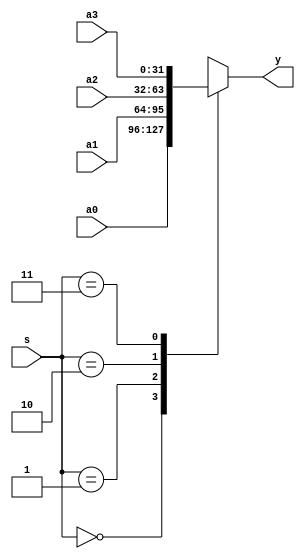
/************************************************
//324
************************************************/
module mux4x32(a0,a1,a2,a3,s,y);
    input [31:0] a0,a1,a2,a3; // 432
    input   [1:0] s;//2bit
    output [31:0] y;//
    function  [31:0] select;      // 
        input [31:0] a0,a1,a2,a3; 
        input  [1:0] s;
        case (s) 
            2'b00: select = a0;   // 000
            2'b01: select = a1;   // 011
            2'b10: select = a2;   // 102
            2'b11: select = a3;   // 113
        endcase
    endfunction
    //
    assign y = select(a0,a1,a2,a3,s);
endmodule